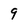
Character: 9